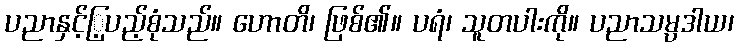
ပညာနှင့်ြ့ပည့်စုံသည်။ ဟောတိ၊ ဖြစ်၏။ ပရံ၊ သူတပါးကို။ ပညာသမ္ပဒါယ၊